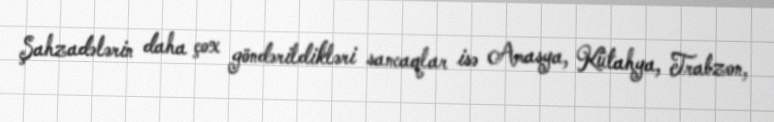
Şahzadələrin daha çox göndərildikləri sancaqlar isə Amasya, Kütahya, Trabzon,